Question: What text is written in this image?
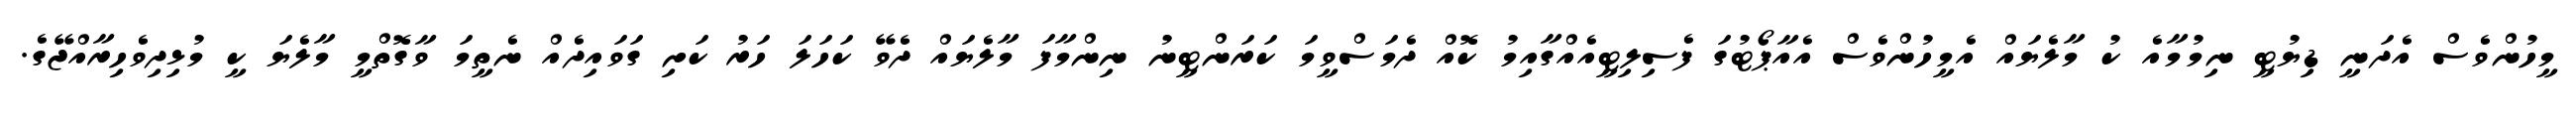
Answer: މީހުންވެސް އެދަނީ ޑިޔުޓީ ނިމުމާއެ ކު މާލެޔައް އެމީހުންވެސް އެއާޕޯޓުގަ ފެސިލިޓީއެއްގާއިމު ކޮއް ދެމަސްވީމަ ކަރަންޓީނު ނިންމާފަ މާލެޔައް ދެވޭ ކަހަލަ ހަރު ކަށި ގަވައިދެއް ނެތީމަ ވާގޮތްމީ މާލެޔަ ކީ މުޅިދިވެހިރާއްޖޭގެ.